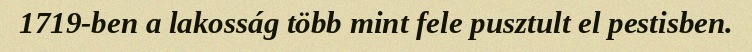
1719-ben a lakosság több mint fele pusztult el pestisben.